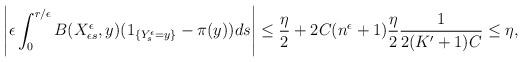
LaTeX: \begin{align*}\left|\epsilon\int_0^{r/\epsilon}B(X_{\epsilon s}^\epsilon,y)(1_{\{Y_{s}^\epsilon =y\}}-\pi(y))ds\right|\leq\frac{\eta}{2}+2C(n^\epsilon+1)\frac{\eta}{2}\frac{1}{2(K'+1)C}\leq\eta,\end{align*}